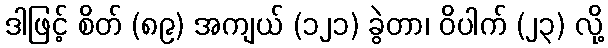
ဒါဖြင့် စိတ် (၈၉) အကျယ် (၁၂၁) ခွဲတာ၊ ဝိပါက် (၂၃) လို့